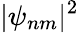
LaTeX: |\psi_{nm}|^{2}